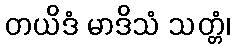
တယိဒံ မာဒိသံ သတ္တံ၊